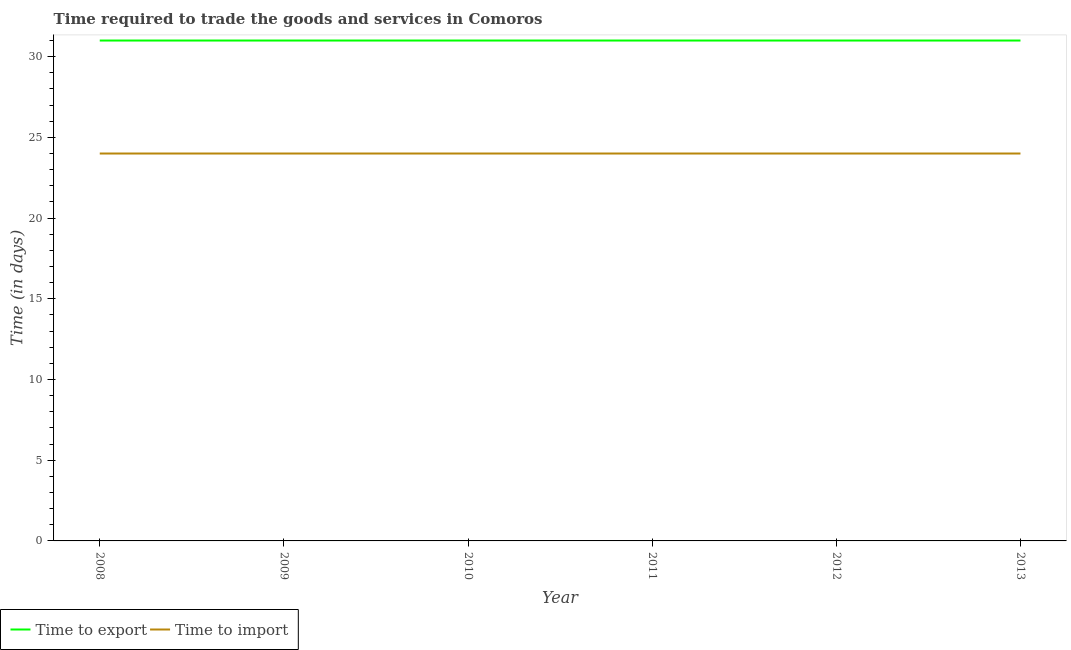
| Year | Time to export | Time to import |
 | --- | --- | --- |
 | 2008 | 31 | 24 |
 | 2009 | 31 | 24 |
 | 2010 | 31 | 24 |
 | 2011 | 31 | 24 |
 | 2012 | 31 | 24 |
 | 2013 | 31 | 24 |